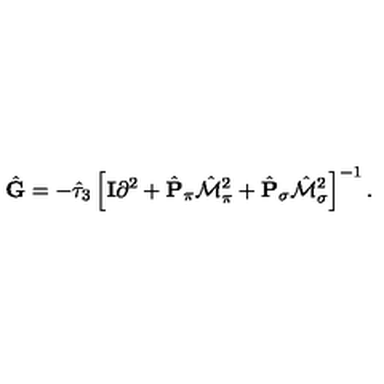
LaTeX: \hat { \bf G } = - \hat { \tau } _ { 3 } \left[ { \bf I } \partial ^ { 2 } + \hat { \bf P } _ { \pi } \hat { \cal M } _ { \pi } ^ { 2 } + \hat { \bf P } _ { \sigma } \hat { \cal M } _ { \sigma } ^ { 2 } \right] ^ { - 1 } \raisebox { - 2 . 8 5 m m } { \scriptsize { \vec { \varphi } _ { 1 } = \vec { \varphi } _ { 2 } = \vec { \varphi } } } .